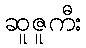
ဆူဇူကီး